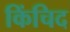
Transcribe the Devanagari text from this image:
किंचिद